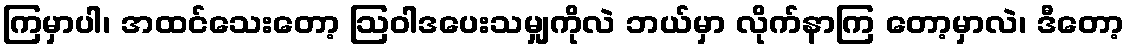
ကြမှာပါ၊ အထင်သေးတော့ ဩဝါဒပေးသမျှကိုလဲ ဘယ်မှာ လိုက်နာကြ တော့မှာလဲ၊ ဒီတော့